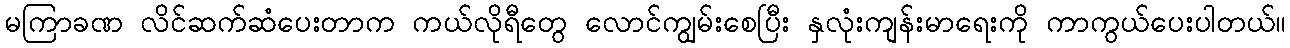
မကြာခဏ လိင်ဆက်ဆံပေးတာက ကယ်လိုရီတွေ လောင်ကျွမ်းစေပြီး နှလုံးကျန်းမာရေးကို ကာကွယ်ပေးပါတယ်။